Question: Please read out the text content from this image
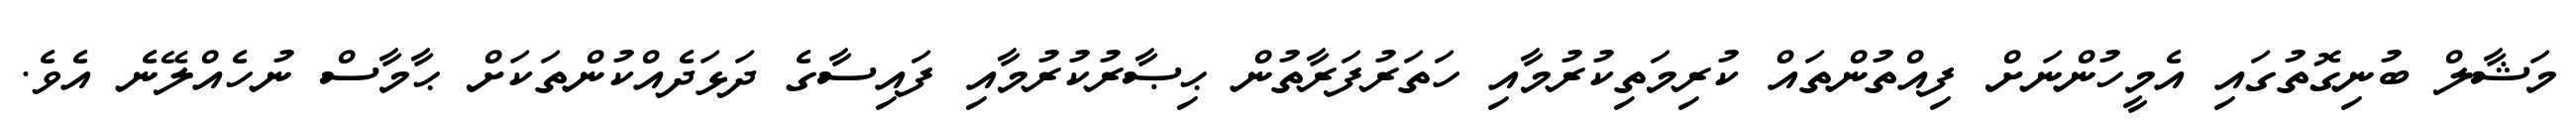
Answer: މަޝާލް ބުނިގޮތުގައި އެމީހުންނަށް ފިއްތުންތައް ކުރިމަތިކުރުމާއި ހަތަރުފަރާތުން ޙިޞާރުކުރުމާއި ފައިސާގެ ދަޅަދެއްކުންތަކަށް ޙާމާސް ނުހެއްލޭނެ އެވެ.